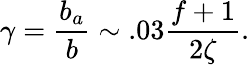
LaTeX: \gamma=\frac{b_{a}}{b}\sim.03\frac{f+1}{2\zeta}.